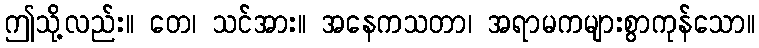
ဤသို့လည်း။ တေ၊ သင်အား။ အနေကသတာ၊ အရာမကများစွာကုန်သော။